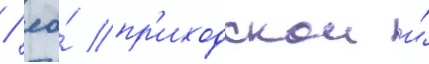
/ ео́ пр'иходскои и́